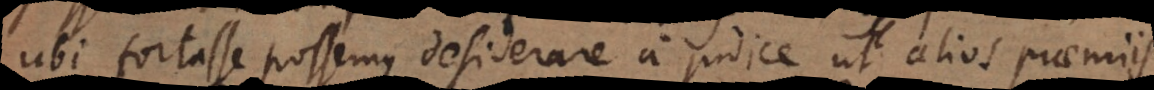
ubi fortasse possemus desiderare a judice ut alios praemiis